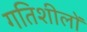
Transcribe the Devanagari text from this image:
गतिशीलों